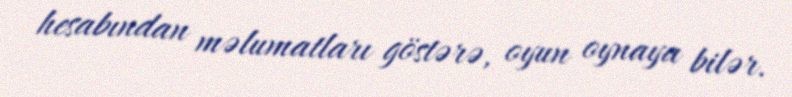
hesabından məlumatları göstərə, oyun oynaya bilər.